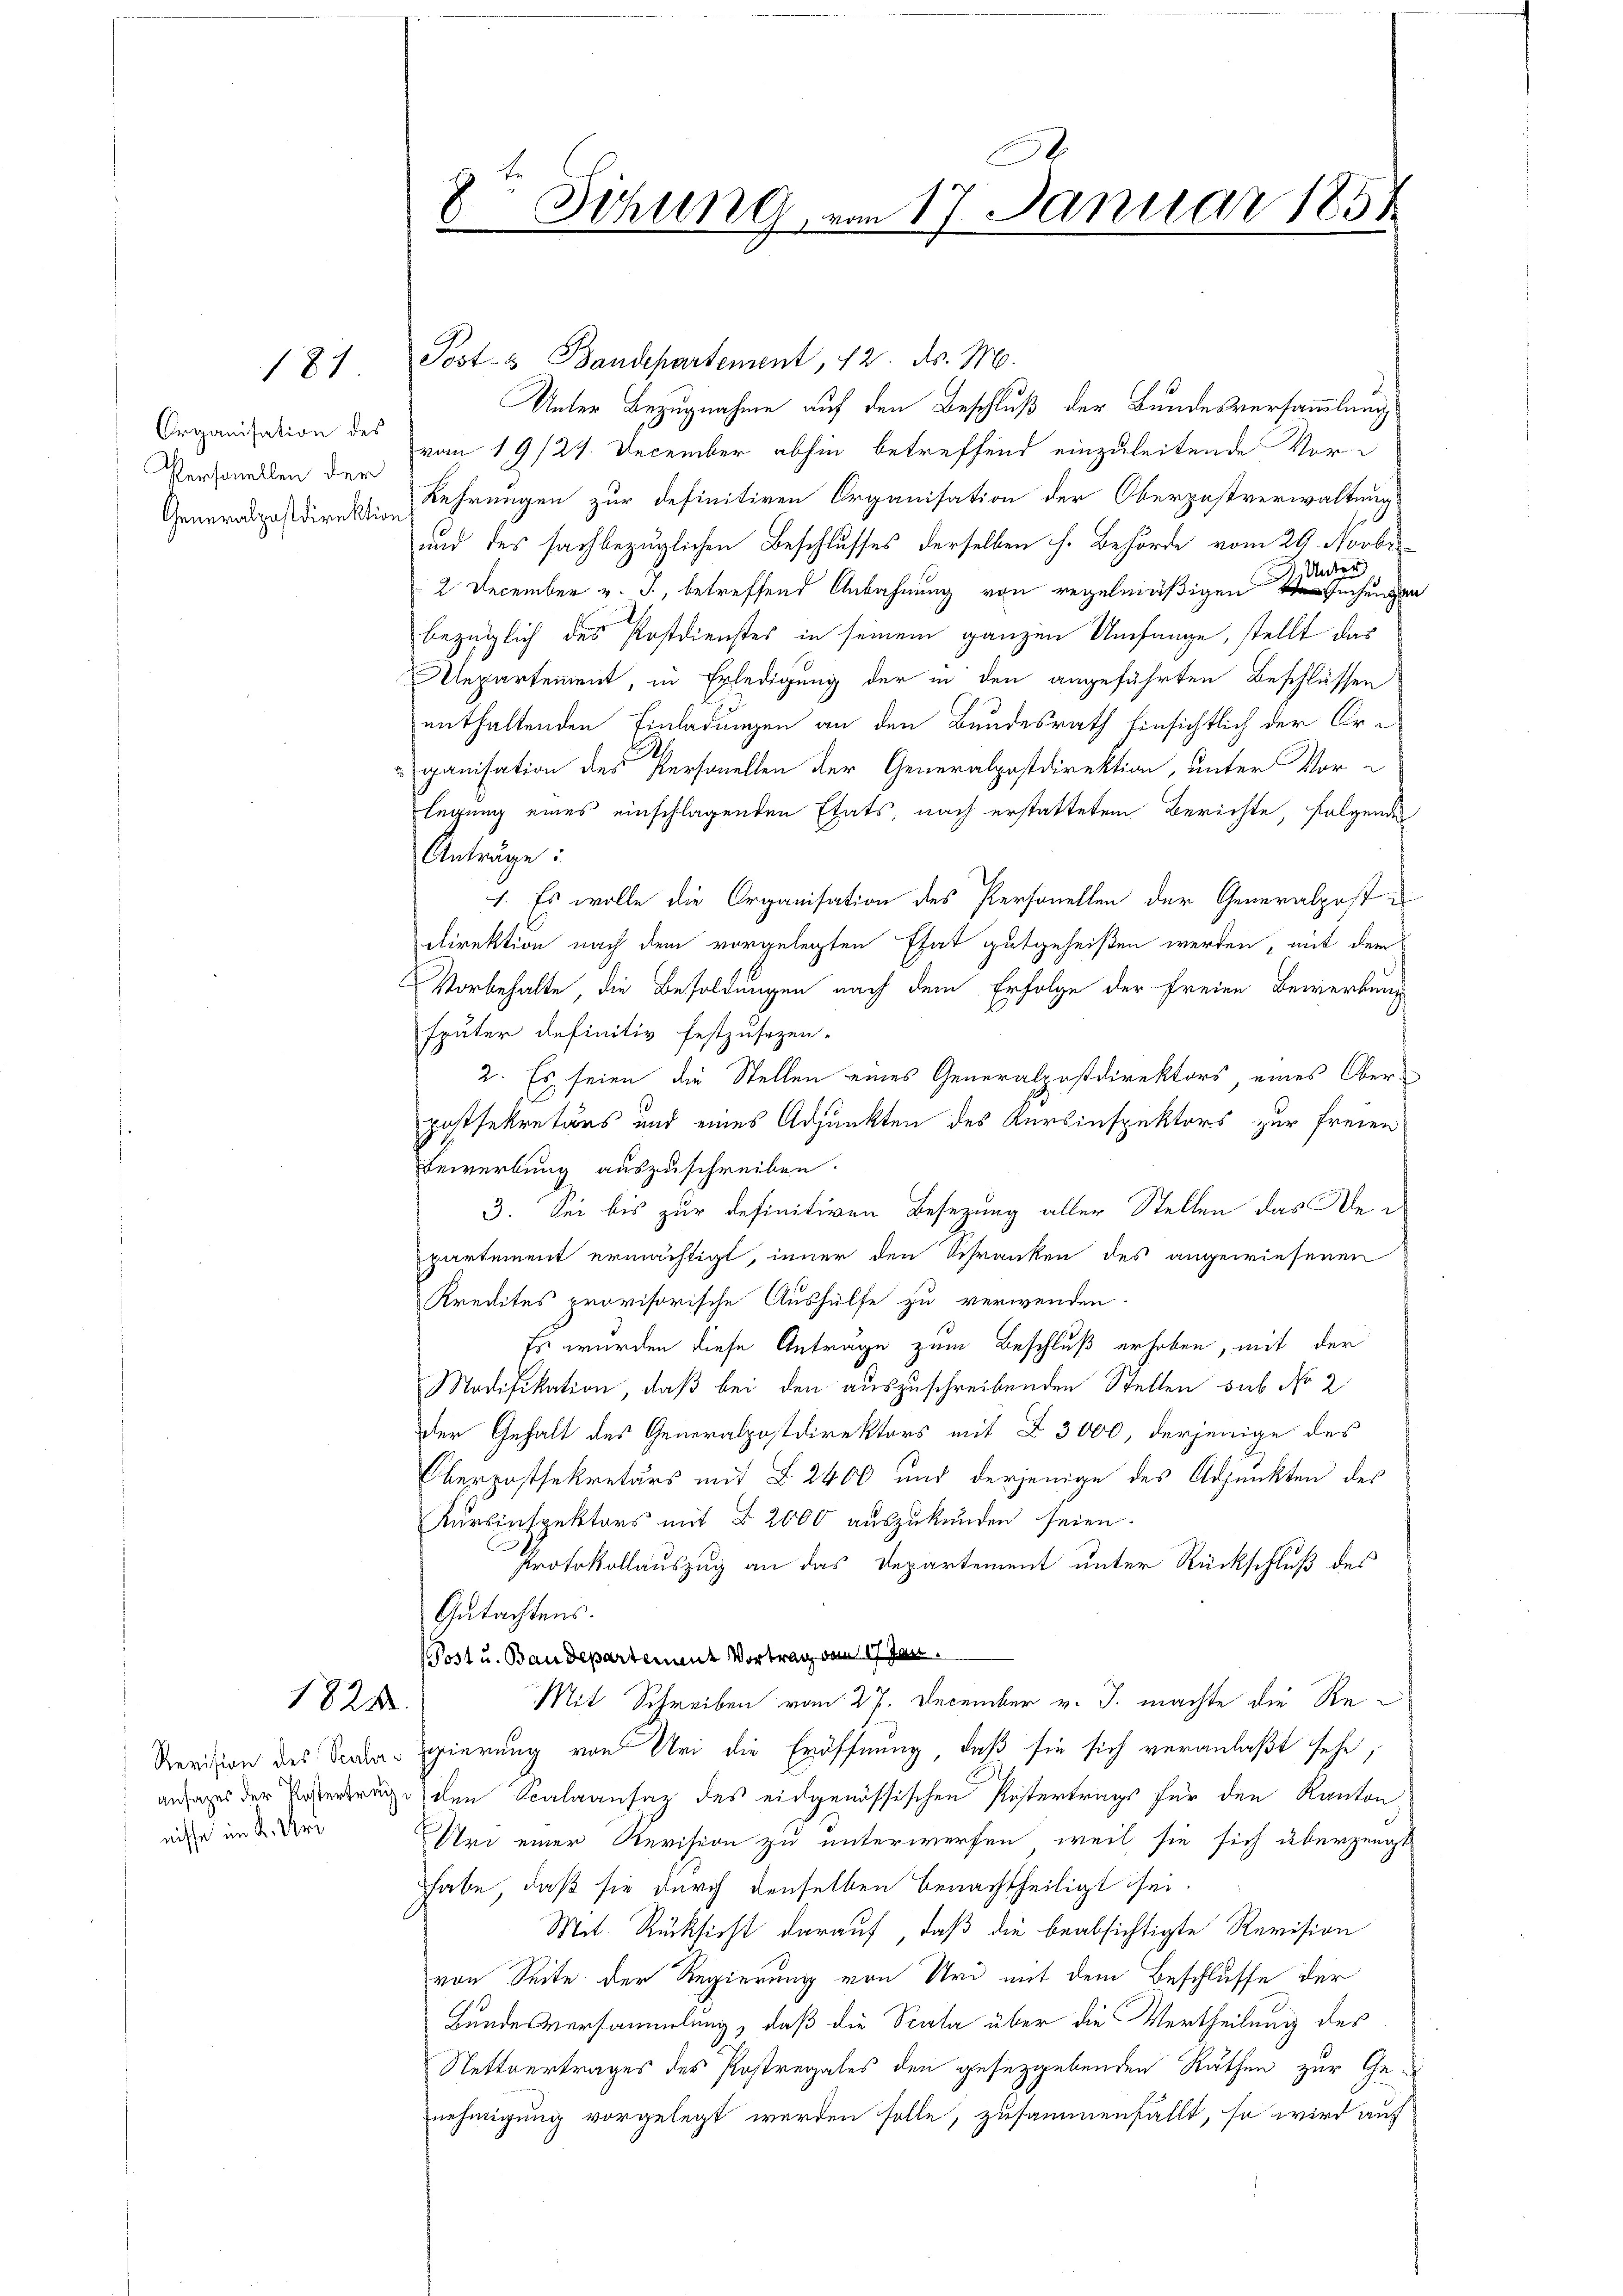
181.

Organisation des
Personellen der

1821

nisse im K. Uri

8. Siehung vom 17. Januar 1858

Post- & Bandepartement, 12. d. M.
Unter Bezugnahme auf den Beschluß der Bundesversammlung
vom 19/21. December abhin betreffend einzuleitende Vor¬
Generalpost die Lehrungen zur definitiven Organisation der Oberzostverwaltung
und des sachbezüglichen Beschlusses derselben h. Behörde vom 29. Novbr
2 December v. J., betreffend Anbahnung von regelmäßigen
bezüglich des Postdienstes in seinem ganzen Umfange, stellt das
lepartement, in Erledigung der in den angeführten Beschlüssen
enthaltenden Einladungen an den Bundesrath Einsichtlich der Arganisation des Personellen der Generalpostdirektion, unter Vorlegung eines einschlagenden Etats, nach erstattetem Berichte, folgenden
Anträge:
1. Es wolle die Organisation des Personellen der Generalpost e
direktion nach dem vorgelegten Etat gutgeheißen werden, mit dem
Vorbehalte, die Besoldungen nach dem Erfolge der freien Bewerbung
später definitiv festzusezen-
2. Es seien die Stellen eines Generalpostdirektors, eines Oberpassekretärs und eines Adjunkten des Kursinspektors zur freien
Bewerbung auszuschreiben.
3. Sei bis zur definitiven Besetzung aller Stellen das Alepartement ermächtigt, inner den Schranken des angewiesenen
Kredites provisorische Aushülfe zu verwenden.
Es wurden diese Anträge zum Beschluß erhoben, mit der
Modifikation, daß bei den auszuschreibenden Stellen sub No 2
der Gehalt des Generalpostdirektors mit § 3000, derjenige des
Überpostsekretärs mit § 2400 und derjenige des Adjunkten des
Kursinspektors mit § 2000 auszukunden seien.
Protokollauszug an das Departement unter Rückschluß des
Gutachtens.
Post u. Baudepartement Vortrag vom 17. Jan.
Mit Schreiben vom 27. December v. J. machte die Re¬
Revision des Verdar gierung von Uri die Eröffnung, daß sie sich veranlaßt sehe,
ansages der Posterträge den Scalaansaz des eidgenössischen Pöstertrags für den Kanton
Uri einer Revision zu unterwerfen, weil sie sich überzeugt
habe, daß sie durch denselben benachtheiligt sei.
Mit Rücksicht darauf, daß die beabsichtigte Revision
von Seite der Regierung von Uri mit dem Beschlusse der
Bundesversammlung, daß die Scala über die Vertheilung des
Nettvertrages des Postregales den gesezggebenden Räthen zur Genehmigung vorgelegt werden solle, zusammenfallt, so wird auf